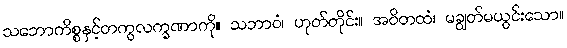
သဘောကိစ္စနှင့်တကွလက္ခဏာကို။ သဘာဝံ၊ ဟုတ်တိုင်း။ အဝိတထံ၊ မချွတ်မယွင်းသော။